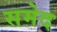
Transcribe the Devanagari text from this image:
समेद